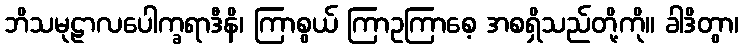
ဘိသမုဠာလပေါက္ခရာဒီနိ၊ ကြာစွယ် ကြာဥကြာစေ့ အစရှိသည်တို့ကို။ ခါဒိတွာ၊